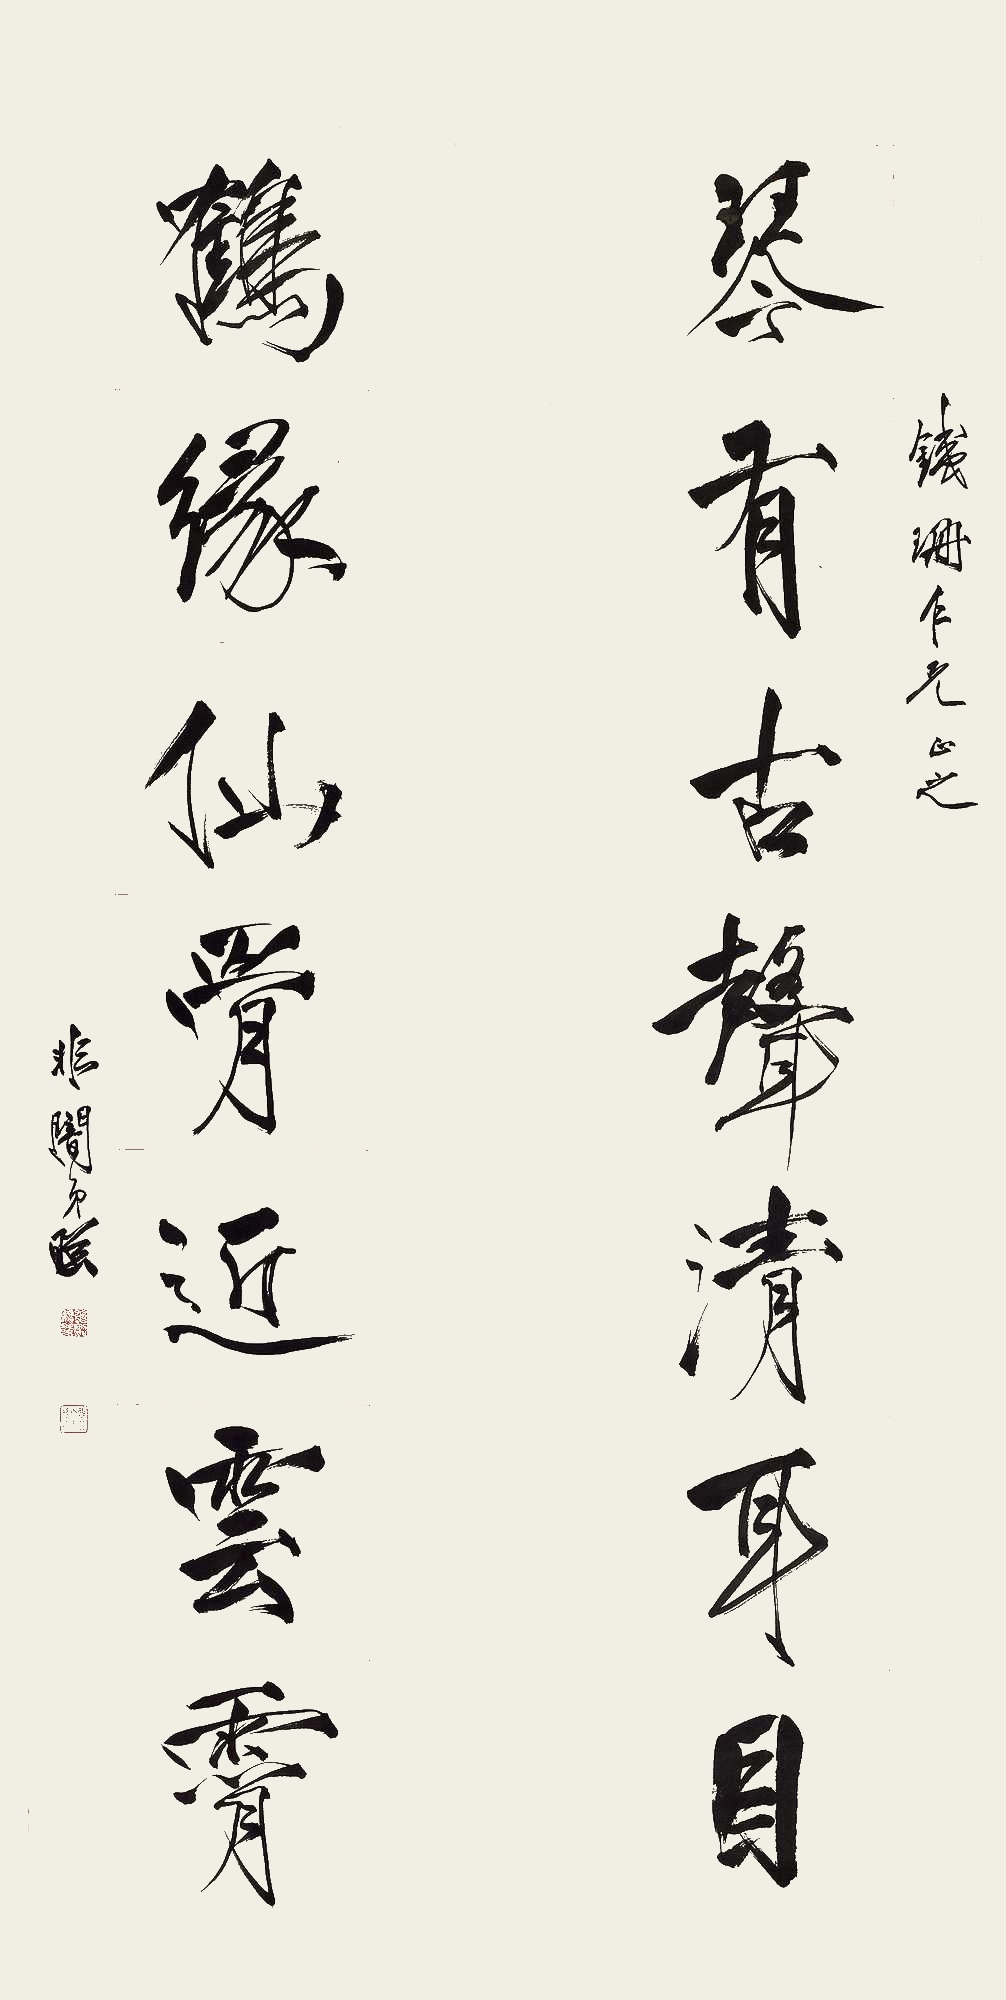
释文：琴有古声清耳目，鹤缘仙骨近云霄。铁珊仁兄正之。非暗弟照。